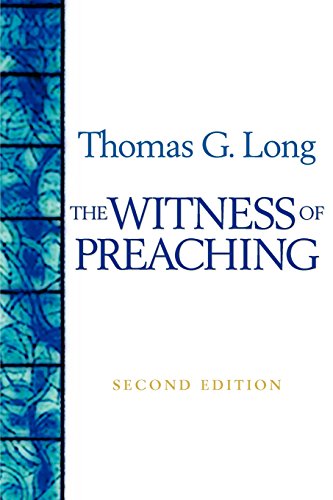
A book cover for The Witness Of Preaching, Second Edition; Thomas G. Long; Christian Books & Bibles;